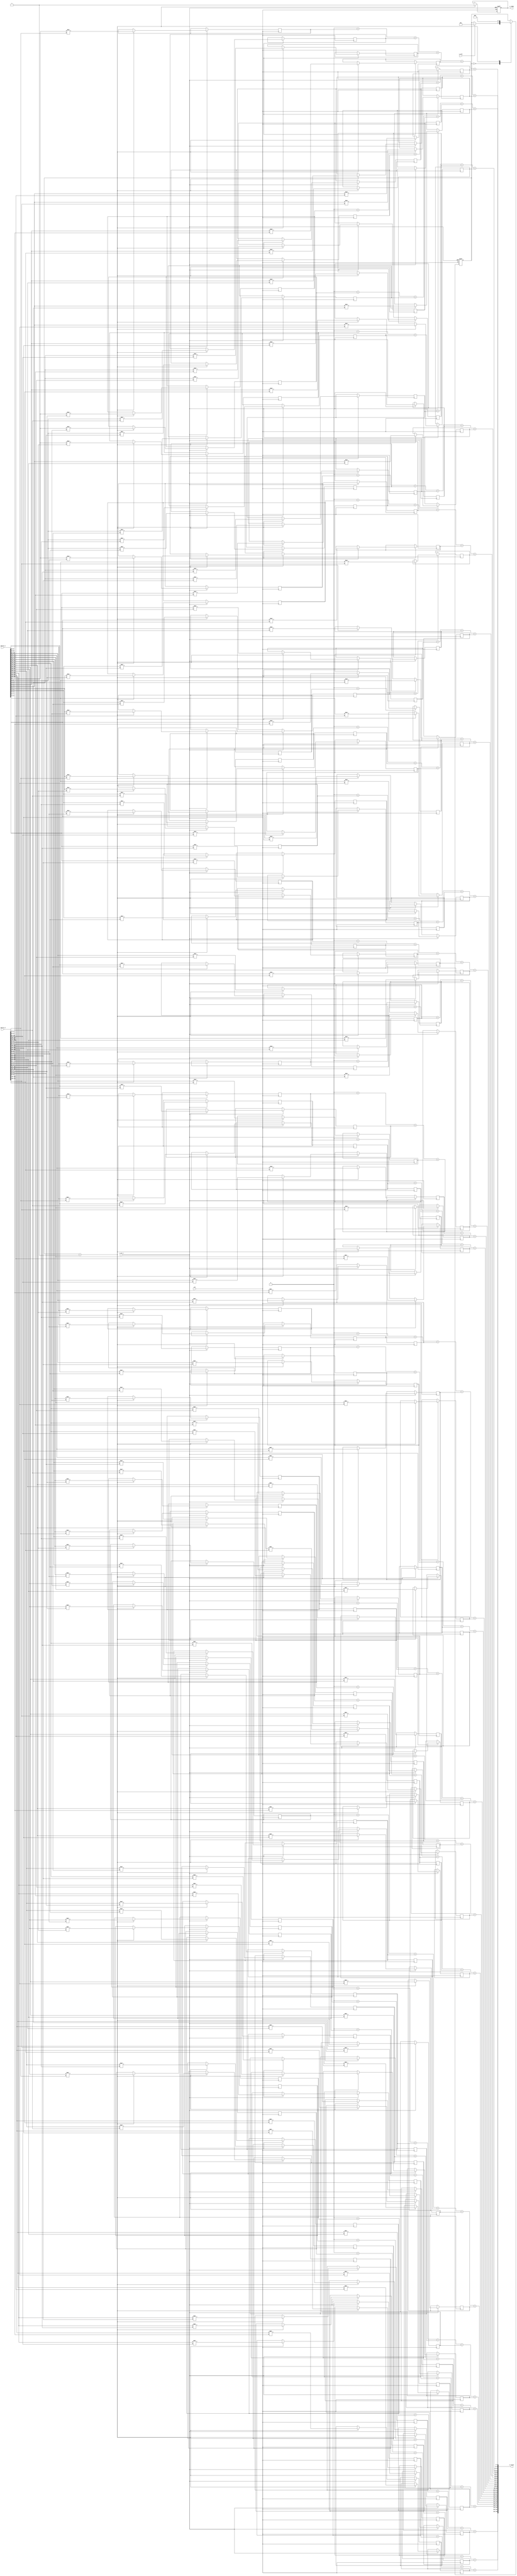

module matrix_mult_matrix (clk, i_calc, i_rst_n, i_matrix_1, i_matrix_2, o_result, o_ready);

	parameter FIRST_MATRIX_HEIGHT = 5;
	parameter BOTH_MATRIX_W_H = 5;
	parameter SECOND_MATRIX_WIDTH = 5;

	parameter DATA_WIDTH = 8;

	localparam FIRST_MATRIX_WEIGHT = FIRST_MATRIX_HEIGHT * BOTH_MATRIX_W_H;
	localparam SECOND_MATRIX_WEIGHT = SECOND_MATRIX_WIDTH * BOTH_MATRIX_W_H;
	localparam BUFFER_MATRIX_WEIGHT = FIRST_MATRIX_HEIGHT * SECOND_MATRIX_WIDTH * BOTH_MATRIX_W_H;
	localparam RESULT_MATRIX_WEIGHT = FIRST_MATRIX_HEIGHT * SECOND_MATRIX_WIDTH;
	localparam SUM_PROVIDER_WEIGHT = BUFFER_MATRIX_WEIGHT + RESULT_MATRIX_WEIGHT;
	
	localparam FIRST_MATRIX_SIZE = FIRST_MATRIX_WEIGHT * DATA_WIDTH;
	localparam SECOND_MATRIX_SIZE = SECOND_MATRIX_WEIGHT * DATA_WIDTH;
	localparam BUFFER_MATRIX_SIZE = BUFFER_MATRIX_WEIGHT * DATA_WIDTH;

	localparam RESULT_MATRIX_SIZE = RESULT_MATRIX_WEIGHT * DATA_WIDTH;
	
	input clk;
	input i_rst_n;
	input i_calc;
	input [FIRST_MATRIX_SIZE-1:0] i_matrix_1;
	input [SECOND_MATRIX_SIZE-1:0] i_matrix_2;
	output o_ready;
	output [RESULT_MATRIX_SIZE-1:0] o_result;
	
	reg ready;
	reg [DATA_WIDTH-1:0] buffer [0:BUFFER_MATRIX_WEIGHT-1];
	reg [2:0] state;

	assign o_ready = ready;

	wire [DATA_WIDTH-1:0] sum_provider [0:SUM_PROVIDER_WEIGHT-1];


	generate
		genvar m,n,l; 
		for(n = 0; n < FIRST_MATRIX_HEIGHT; n = n + 1) begin
			for (m = 0; m < SECOND_MATRIX_WIDTH; m = m + 1) begin
				localparam result_position = n*SECOND_MATRIX_WIDTH+m;
				localparam null_offset = (n*SECOND_MATRIX_WIDTH+m)*(BOTH_MATRIX_W_H+1); //   0  sum_provider'e. +1 - ,   2   3 (1 )
				
				assign sum_provider[null_offset] = 0;
				for (l = 0; l<BOTH_MATRIX_W_H; l = l + 1 )
					assign sum_provider[null_offset+l+1] = sum_provider[null_offset+l]+buffer[BOTH_MATRIX_W_H*result_position+l];
				assign o_result[result_position*DATA_WIDTH+:DATA_WIDTH] = sum_provider[null_offset+BOTH_MATRIX_W_H];
			end
		end
	endgenerate

	integer i;
	integer j;
	integer k;
	integer buffer_offset;
	integer mult_1;
	integer mult_2;


	parameter IDLE = 0;
	parameter CALC = 1;
	always @(posedge clk, negedge i_rst_n) begin
		if(!i_rst_n) begin
			ready <= 0;
			state <= 0;
		end else begin
			case ( state ) 
				IDLE : begin
					if(i_calc)
						state <= CALC;
				end
				CALC : begin
					ready <= 0;
					for(i=0; i<FIRST_MATRIX_HEIGHT; i=i+1) begin:RUNNING_OVER_HEIGHT
						for(j=0; j<SECOND_MATRIX_WIDTH; j=j+1) begin:RUNNING_OVER_WIDTH
							buffer_offset = (i * FIRST_MATRIX_HEIGHT + j)*BOTH_MATRIX_W_H;
							for(k=0; k<BOTH_MATRIX_W_H; k = k+1) begin:MULTIPLYING_MATRIXES
								mult_1 = i_matrix_1[(BOTH_MATRIX_W_H*i+k)*DATA_WIDTH+:DATA_WIDTH];
								mult_2 = i_matrix_2[(SECOND_MATRIX_WIDTH*k+j)*DATA_WIDTH+:DATA_WIDTH];
								buffer[buffer_offset+k] <= mult_1 * mult_2;
							end
						end
					end	
					state <= IDLE;
					ready <= 1;
				end
			endcase
		end
	end
endmodule